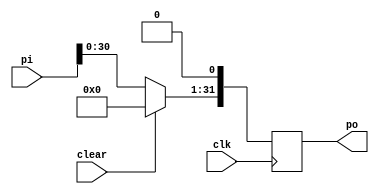
module pipomod_32bit (
  input clk,    // Clock signal
  input clear,  // Clear signal
  input [31:0] pi,  // Parallel input data
  output reg [31:0] po  // Parallel output data
);

  always @(posedge clk) begin
    if (clear) begin
      po <= 32'b0;  // Clear the shift register
    end else begin
      po[31:1] <= pi[30:0]; 
      po[0] <= 1'b0;
    end
  end

endmodule